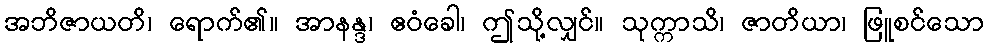
အဘိဇာယတိ၊ ရောက်၏။ အာနန္ဒ၊ ဧဝံခေါ၊ ဤသို့လျှင်။ သုက္ကာသိ၊ ဇာတိယာ၊ ဖြူစင်သော